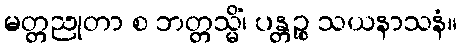
မတ္တညုတာ စ ဘတ္တသ္မိံ၊ ပန္တဉ္စ သယနာသနံ။